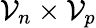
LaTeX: \mathcal{V}_{n}\times\mathcal{V}_{p}